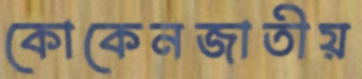
কোকেনজাতীয়